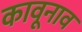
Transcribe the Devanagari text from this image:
कावूनाव